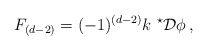
\begin{align*}F_{(d-2)} = (-1)^{(d-2)} k\ {}^{\star}{\cal D}\phi\, ,\end{align*}